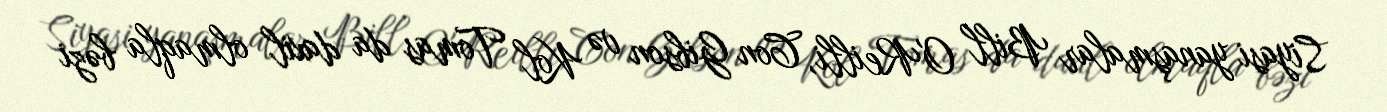
Siyasi yanaşmalar Bill O'Reilli, Con Gibson və Kol Tomas da daxil olmaqla bəzi